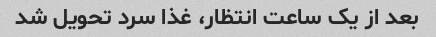
بعد از یک ساعت انتظار، غذا سرد تحویل شد